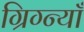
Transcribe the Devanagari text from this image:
ग्रिग्न्याँ